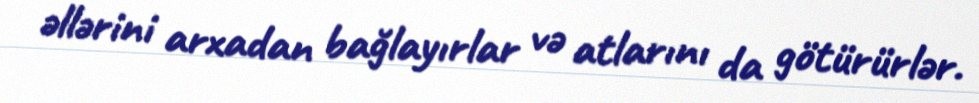
əllərini arxadan bağlayırlar və atlarını da götürürlər.